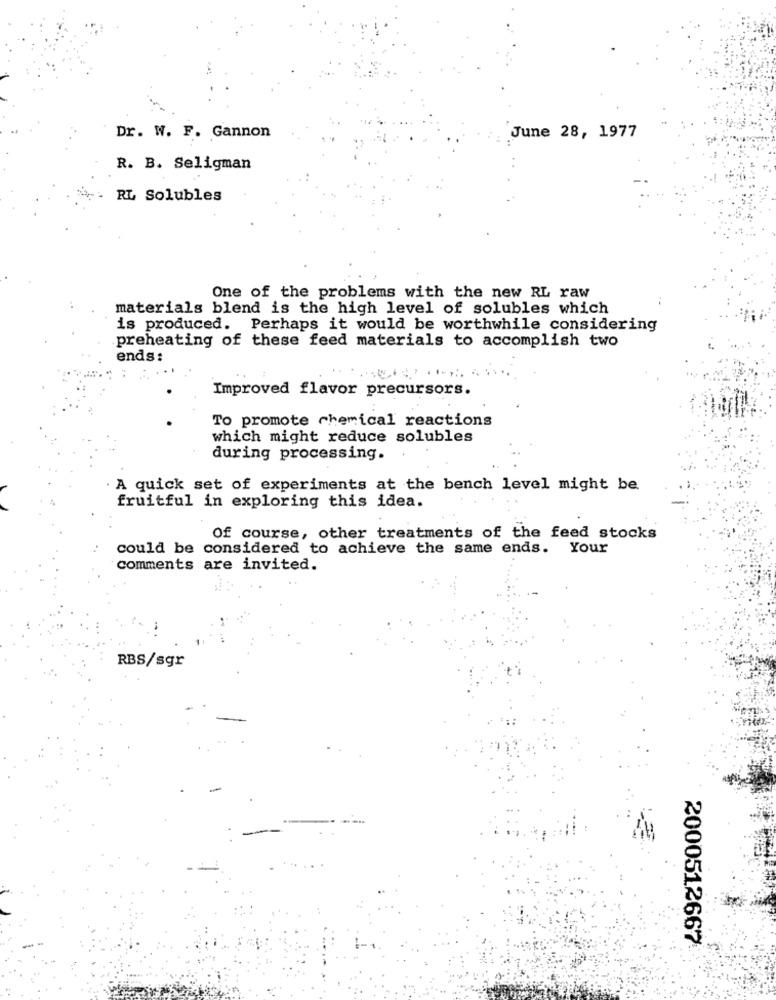
Dr. W. F. Gannon
June 28, 1977
R. B. Seligman
RL Solubles
One of the problems with the new RL raw
materials blend is the high level of solubles which
is produced. Perhaps it would be worthwhile considering
preheating of these feed materials to accomplish two
ends:
Improved flavor precursors.
To promote chemical reactions
which might reduce solubles
during processing.
A quick set of experiments at the bench level might be
fruitful in exploring this idea.
Of course, other treatments of the feed stocks
could be considered to achieve the same ends. Your
comments are invited.
RBS/sgr
2000512667